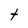
Character: t